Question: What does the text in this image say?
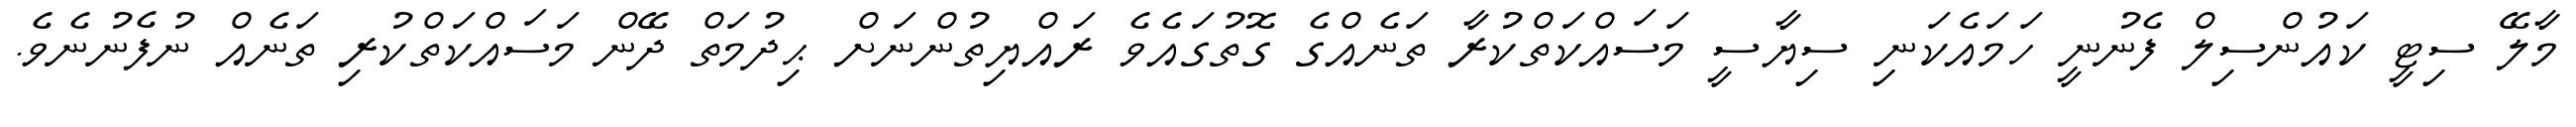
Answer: މާލޭ ސިޓީ ކައުންސިލް ފެނުނީ ހަމައެކަނި ސިޔާސީ މަސައްކަތްކުރާ ތަނެއްގެ ގޮތުގައެވެ ރައްޔިތުންނަށް ޙިދުމަތް ދޭން މަސައްކަތްކުރި ތަނެއް ނުފެނުނެވެ.